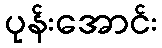
ပုန်းအောင်း